Civil Veterinary Department Bengal reports 1933-51 - 1933-1951
Year: 1933
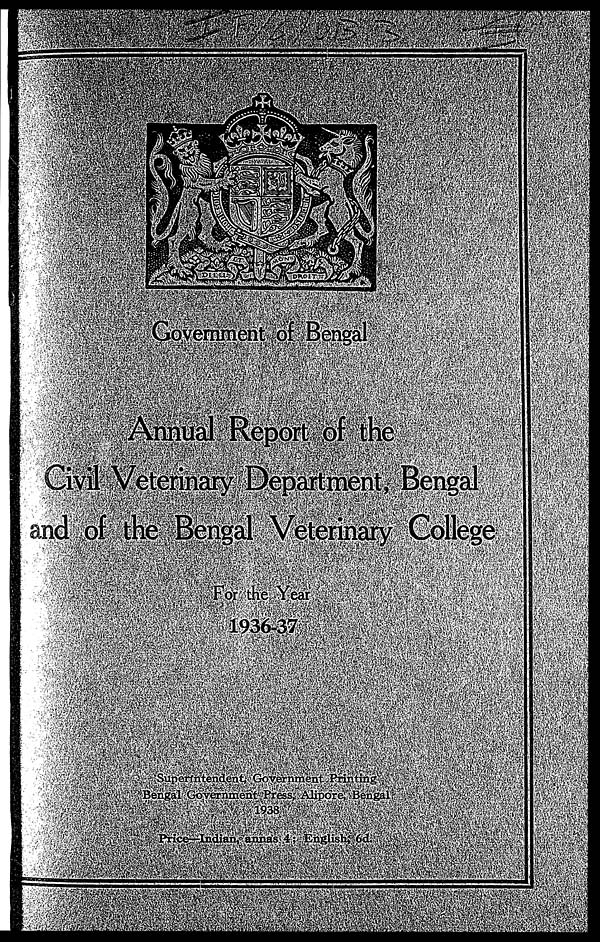
Government of Bengal
Annual Re
Civil Veterinary Department, Bengal
and of the Bengal Veterinary College
For the Year
1936-37
Bengal Government Press, Alipore,Bengal
Price-Indian, annas .4; English, 6d.